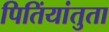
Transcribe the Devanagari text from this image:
पितिंयांतुता